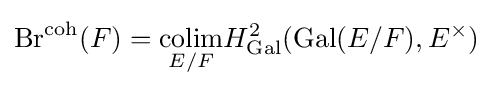
{\text{Br}}^{\text{coh}}(F)={\underset {E/F}{\text{colim}}}H_{\text{Gal}}^{2}({\text{Gal}}(E/F),E^{\times })